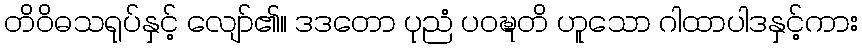
တိဝိဓသရုပ်နှင့် လျော်၏။ ဒဒတော ပုညံ ပဝဍ္ဎတိ ဟူသော ဂါထာပါဒနှင့်ကား